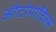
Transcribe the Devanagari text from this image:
औटोमोविल्स